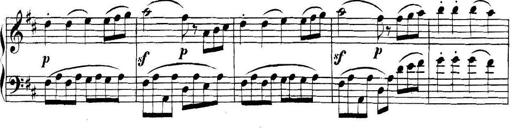
Title: Collected Piano Sonatas
Composer: Muzio Clementi